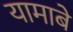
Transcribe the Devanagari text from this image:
यामाबे